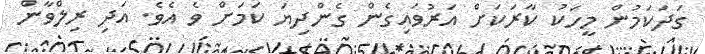
ގަދަކަމުން މީހަކު ކާރަކަށް އަރުވައިގެން ގެންދިޔަ ކަމަށް ވެ އެވެ. އަދި ރިލްވާން